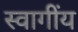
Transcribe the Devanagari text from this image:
स्वागींय